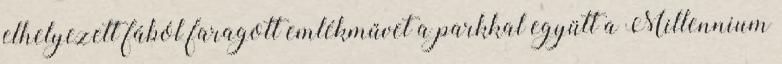
elhelyezett fából faragott emlékművet a parkkal együtt a Millennium